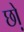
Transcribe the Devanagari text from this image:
छो़